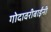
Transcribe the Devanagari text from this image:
गोदावरीबाईंनी